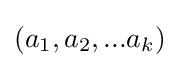
(a_{1},a_{2},...a_{k})